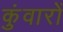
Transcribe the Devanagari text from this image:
कुंवारों